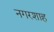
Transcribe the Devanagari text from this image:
नगरशाह